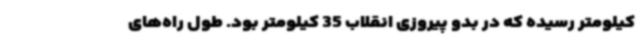
کیلومتر رسیده که در بدو پیروزی انقلاب 35 کیلومتر بود. طول راه‌های